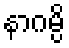
နာဂမ္ပိ